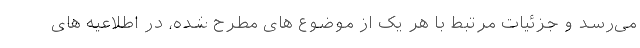
می‌رسد و جزئیات مرتبط با هر یک از موضوع های مطرح شده، در اطلاعیه های